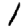
Digit: 1